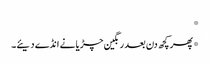
*
*پھر کچھ دن بعد رنگین چڑیا نے انڈے دیئے۔